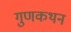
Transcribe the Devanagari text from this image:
गुणकथन